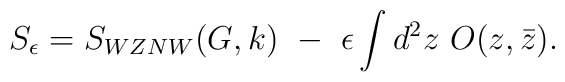
S_\epsilon=S_{WZNW}(G,k)~-~\epsilon\int d^2z~O(z,\bar z).